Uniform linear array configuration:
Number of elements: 16
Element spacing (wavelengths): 0.75
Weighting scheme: hann
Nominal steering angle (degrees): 0
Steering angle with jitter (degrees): -0.1016
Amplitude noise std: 0.05
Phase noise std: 0.05

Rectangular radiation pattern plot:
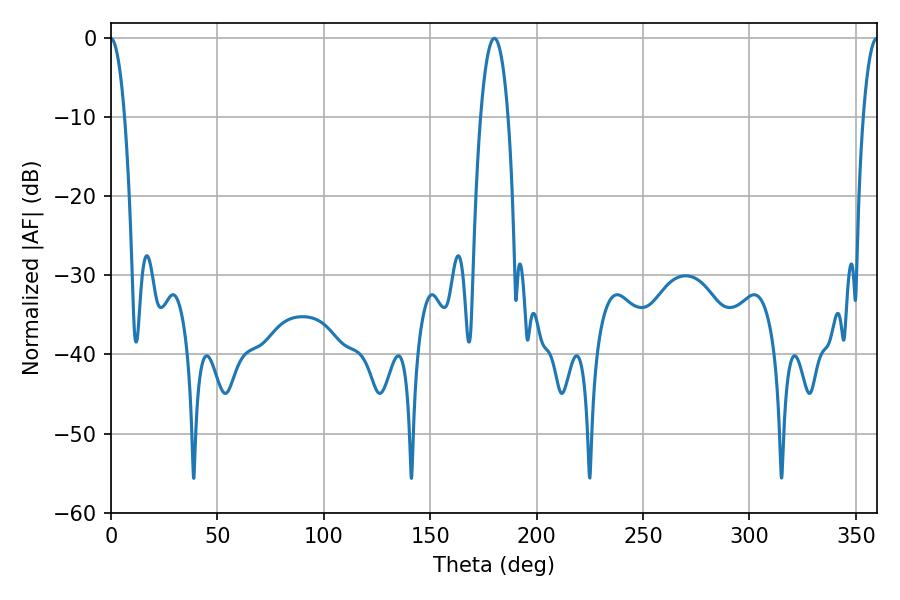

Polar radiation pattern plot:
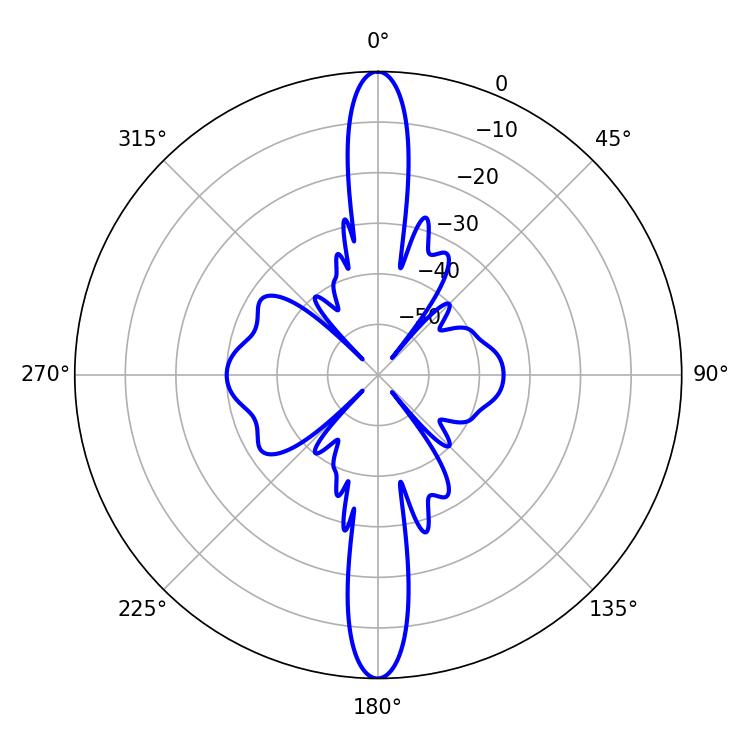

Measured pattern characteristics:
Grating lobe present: TRUE
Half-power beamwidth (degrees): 7.2
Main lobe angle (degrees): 180.18